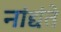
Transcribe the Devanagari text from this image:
नांद्यंते